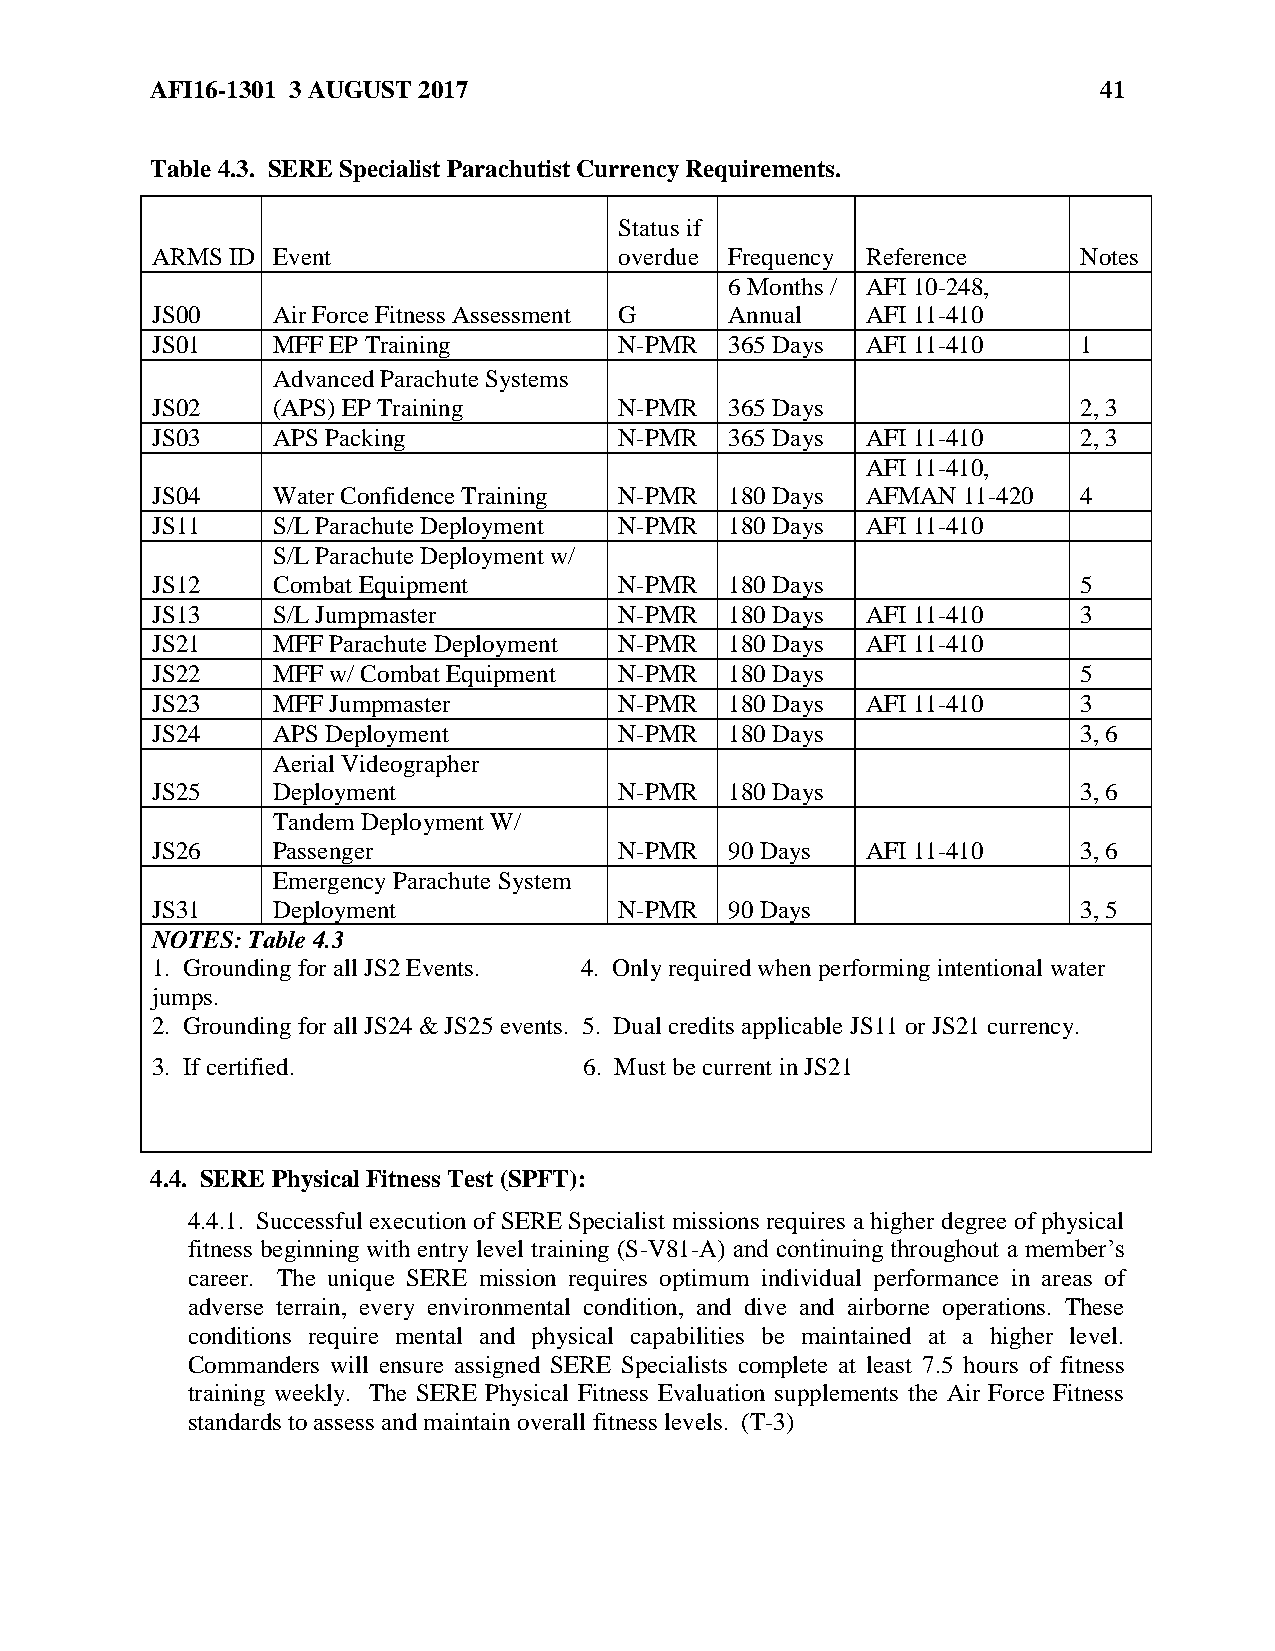
AFI16-1301 3 AUGUST 2017                                       41
 Table 4.3. SERE Specialist Parachutist Currency Requirements.
 Status if
 ARMS ID Event                  overdue Frequency Reference    Notes
 6 Months / AFI 10-248,
 JS00    Air Force Fitness Assessment G Annual  AFI 11-410
 JS01    MFF EP Training        N-PMR  365 Days AFI 11-410     1
 Advanced Parachute Systems
 JS02    (APS) EP Training      N-PMR  365 Days                2, 3
 JS03    APS Packing            N-PMR  365 Days AFI 11-410     2, 3
 AFI 11-410,
 JS04    Water Confidence Training N-PMR 180 Days AFMAN 11-420 4
 JS11    S/L Parachute Deployment N-PMR 180 Days AFI 11-410
 S/L Parachute Deployment w/
 JS12    Combat Equipment       N-PMR  180 Days                5
 JS13    S/L Jumpmaster         N-PMR  180 Days AFI 11-410     3
 JS21    MFF Parachute Deployment N-PMR 180 Days AFI 11-410
 JS22    MFF w/ Combat Equipment N-PMR 180 Days                5
 JS23    MFF Jumpmaster         N-PMR  180 Days AFI 11-410     3
 JS24    APS Deployment         N-PMR  180 Days                3, 6
 Aerial Videographer
 JS25    Deployment             N-PMR  180 Days                3, 6
 Tandem Deployment W/
 JS26    Passenger              N-PMR  90 Days  AFI 11-410     3, 6
 Emergency Parachute System
 JS31    Deployment             N-PMR  90 Days                 3, 5
 NOTES: Table 4.3
 1. Grounding for all JS2 Events. 4. Only required when performing intentional water
 jumps.
 2. Grounding for all JS24 & JS25 events. 5. Dual credits applicable JS11 or JS21 currency.
 3. If certified.             6. Must be current in JS21
 4.4. SERE Physical Fitness Test (SPFT):
 4.4.1. Successful execution of SERE Specialist missions requires a higher degree of physical
 fitness beginning with entry level training (S-V81-A) and continuing throughout a member’s
 career. The unique SERE mission requires optimum individual performance in areas of
 adverse terrain, every environmental condition, and dive and airborne operations. These
 conditions require mental and physical capabilities be maintained at a higher level.
 Commanders will ensure assigned SERE Specialists complete at least 7.5 hours of fitness
 training weekly. The SERE Physical Fitness Evaluation supplements the Air Force Fitness
 standards to assess and maintain overall fitness levels. (T-3)